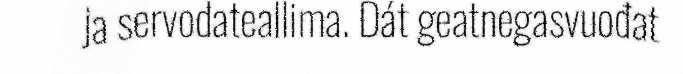
ja servodateallima. Dát geatnegasvuođat